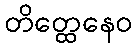
တိတ္ထေနေဝ